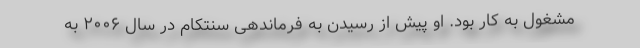
مشغول به کار بود. او پیش از رسیدن به فرماندهی سنتکام در سال ۲۰۰۶ به